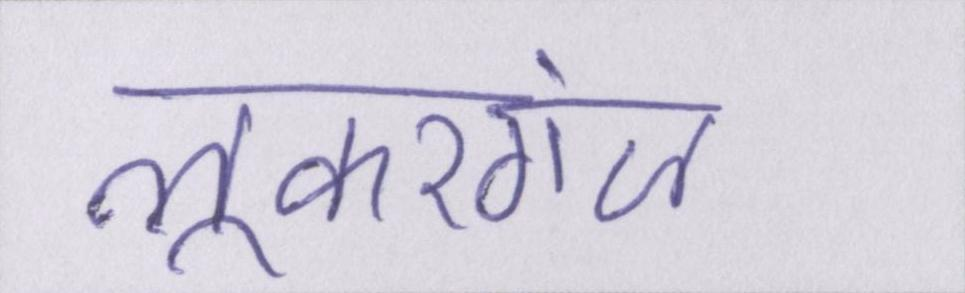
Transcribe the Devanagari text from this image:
लूकरगंज